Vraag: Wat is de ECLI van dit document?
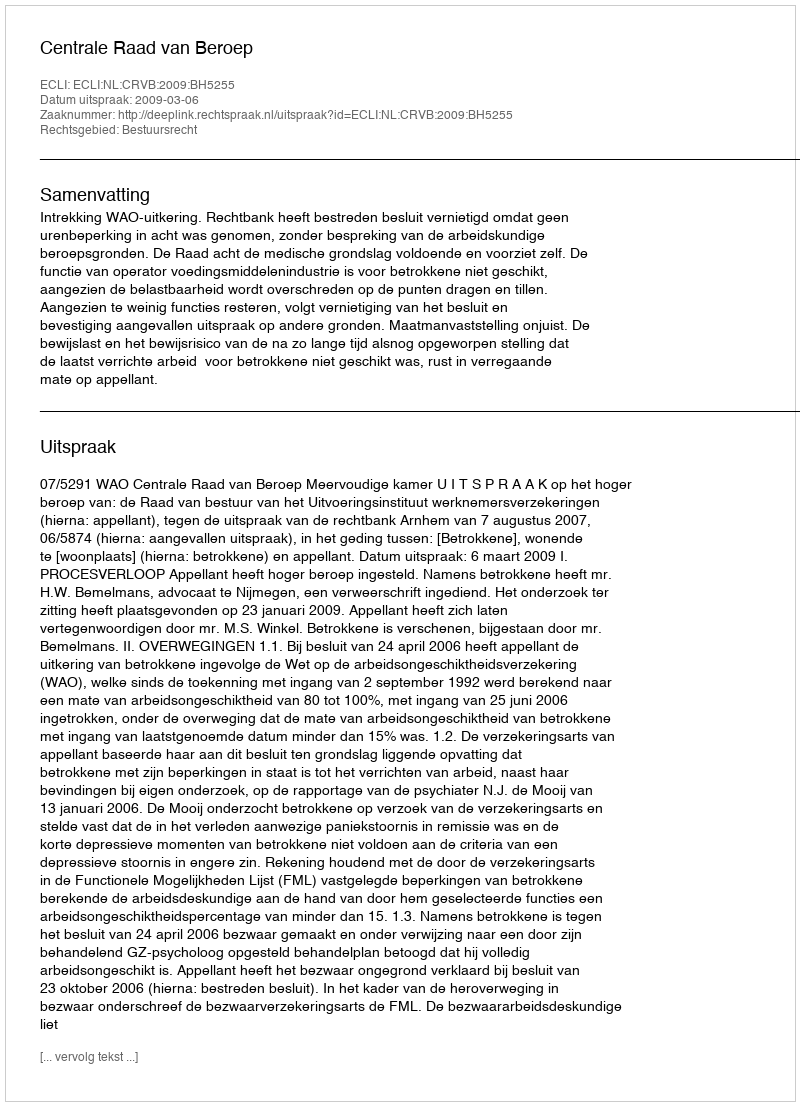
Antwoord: ECLI:NL:CRVB:2009:BH5255